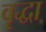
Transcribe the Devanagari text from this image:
वृृद्धा